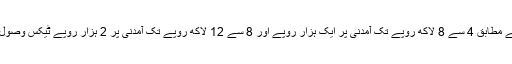
نئی تجاویز کے مطابق 4 سے 8 لاکھ روپے تک آمدنی پر ایک ہزار روپے اور 8 سے 12 لاکھ روپے تک آمدنی پر 2 ہزار روپے ٹیکس وصول کیا جائے گا۔